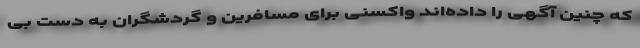
که چنین آگهی را داده‌اند واکسنی برای مسافرین و گردشگران به دست بی